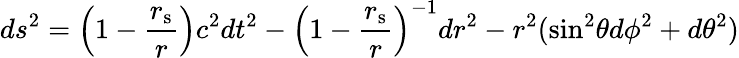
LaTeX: ds^{2}=\left(1-{\frac{r_{\mathrm{{s}}}}{r}}\right)c^{2}dt^{2}-\left(1-{\frac{r_{\mathrm{{s}}}}{r}}\right)^{-1}dr^{2}-r^{2}({\textrm{sin}}^{2}\theta d\phi^{2}+d\theta^{2})